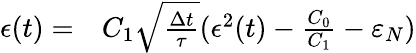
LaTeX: \begin{array}{rl}{\epsilon(t)=}&{{}C_{1}\sqrt{\frac{\Delta t}{\tau}}(\epsilon^{2}(t)-\frac{C_{0}}{C_{1}}-\varepsilon_{N})}\end{array}